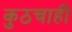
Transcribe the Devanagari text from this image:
कुठचाही